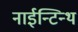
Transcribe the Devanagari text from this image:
नाईन्टिन्थ